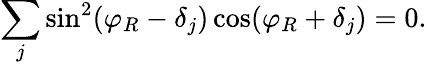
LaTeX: \sum_{j}\sin^{2}(\varphi_{R}-\delta_{j})\cos(\varphi_{R}+\delta_{j})=0.